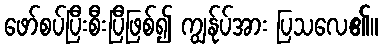
ဖော်စပ်ပြီးစီးပြီဖြစ်၍ ကျွန်ုပ်အား ပြသလေ၏။